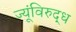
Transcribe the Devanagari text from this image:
ज्यूंविरुद्ध